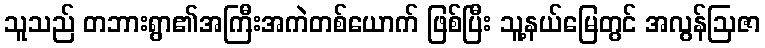
သူသည် တဘားရွာ၏အကြီးအကဲတစ်ယောက် ဖြစ်ပြီး သူ့နယ်မြေတွင် အလွန်ဩဇာ